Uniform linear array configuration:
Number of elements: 16
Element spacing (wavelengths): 0.25
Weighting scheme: exponential
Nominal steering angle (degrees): -60
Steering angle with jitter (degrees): -61.628
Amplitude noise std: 0.05
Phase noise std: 0.05

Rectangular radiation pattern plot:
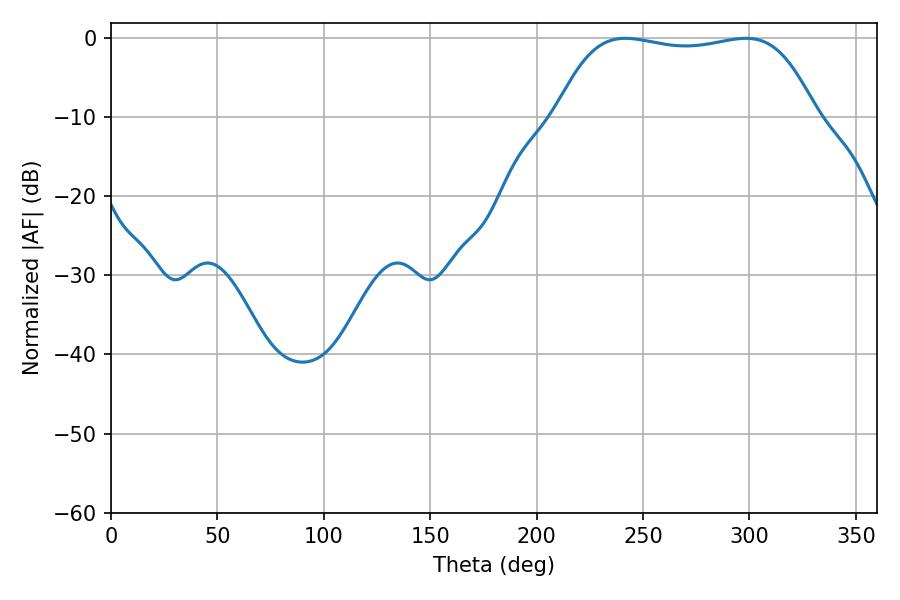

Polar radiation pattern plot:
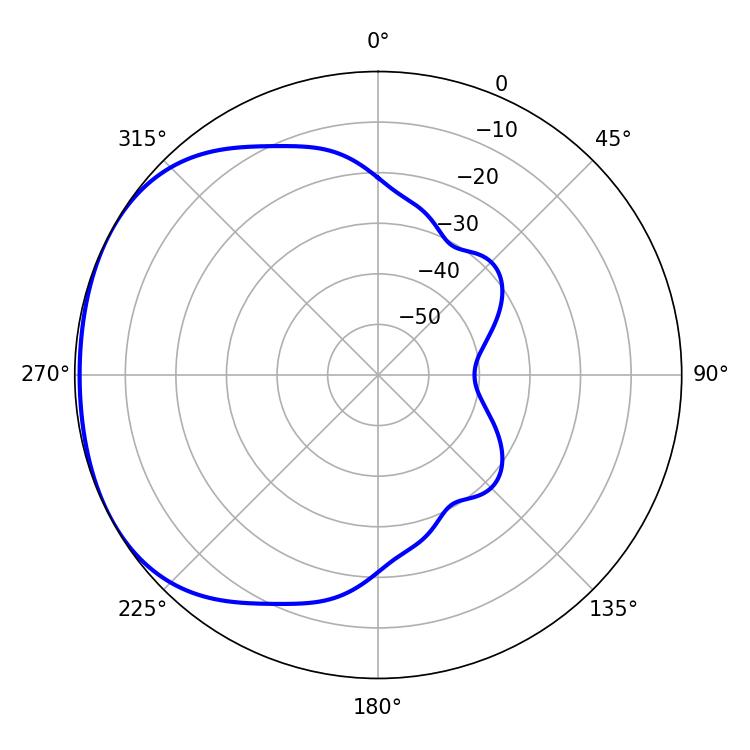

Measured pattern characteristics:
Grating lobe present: FALSE
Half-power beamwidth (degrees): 96.48
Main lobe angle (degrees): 241.74